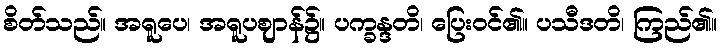
စိတ်သည်။ အရူပေ၊ အရူပဈာန်၌။ ပက္ခန္ဒတိ၊ ပြေးဝင်၏။ ပသီဒတိ၊ ကြည်၏။